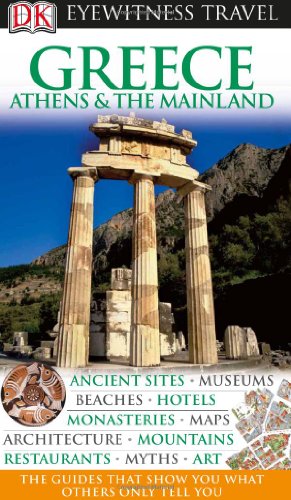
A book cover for DK Eyewitness Travel Guide: Greece, Athens & the Mainland; Marc Dubin; Travel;